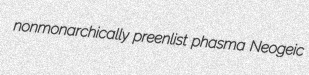
nonmonarchically preenlist phasma Neogeic